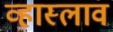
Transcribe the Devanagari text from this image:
व्हास्लाव